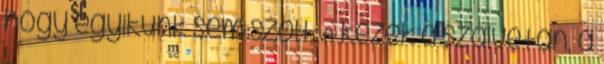
hogy egyikünk sem szólt. A kezek a szalvétán, a